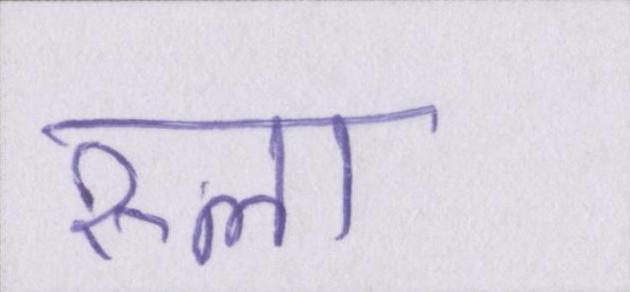
रूला